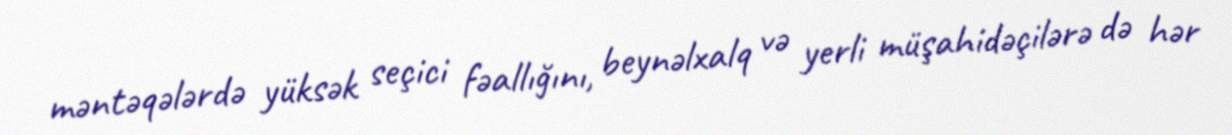
məntəqələrdə yüksək seçici fəallığını, beynəlxalq və yerli müşahidəçilərə də hər